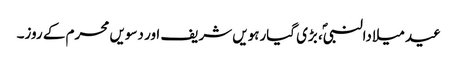
عید میلادالنبیؐ، بڑی گیارہویں شریف اور دسویں محرم کے روز۔